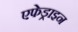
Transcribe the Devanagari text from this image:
एफेड्राइन